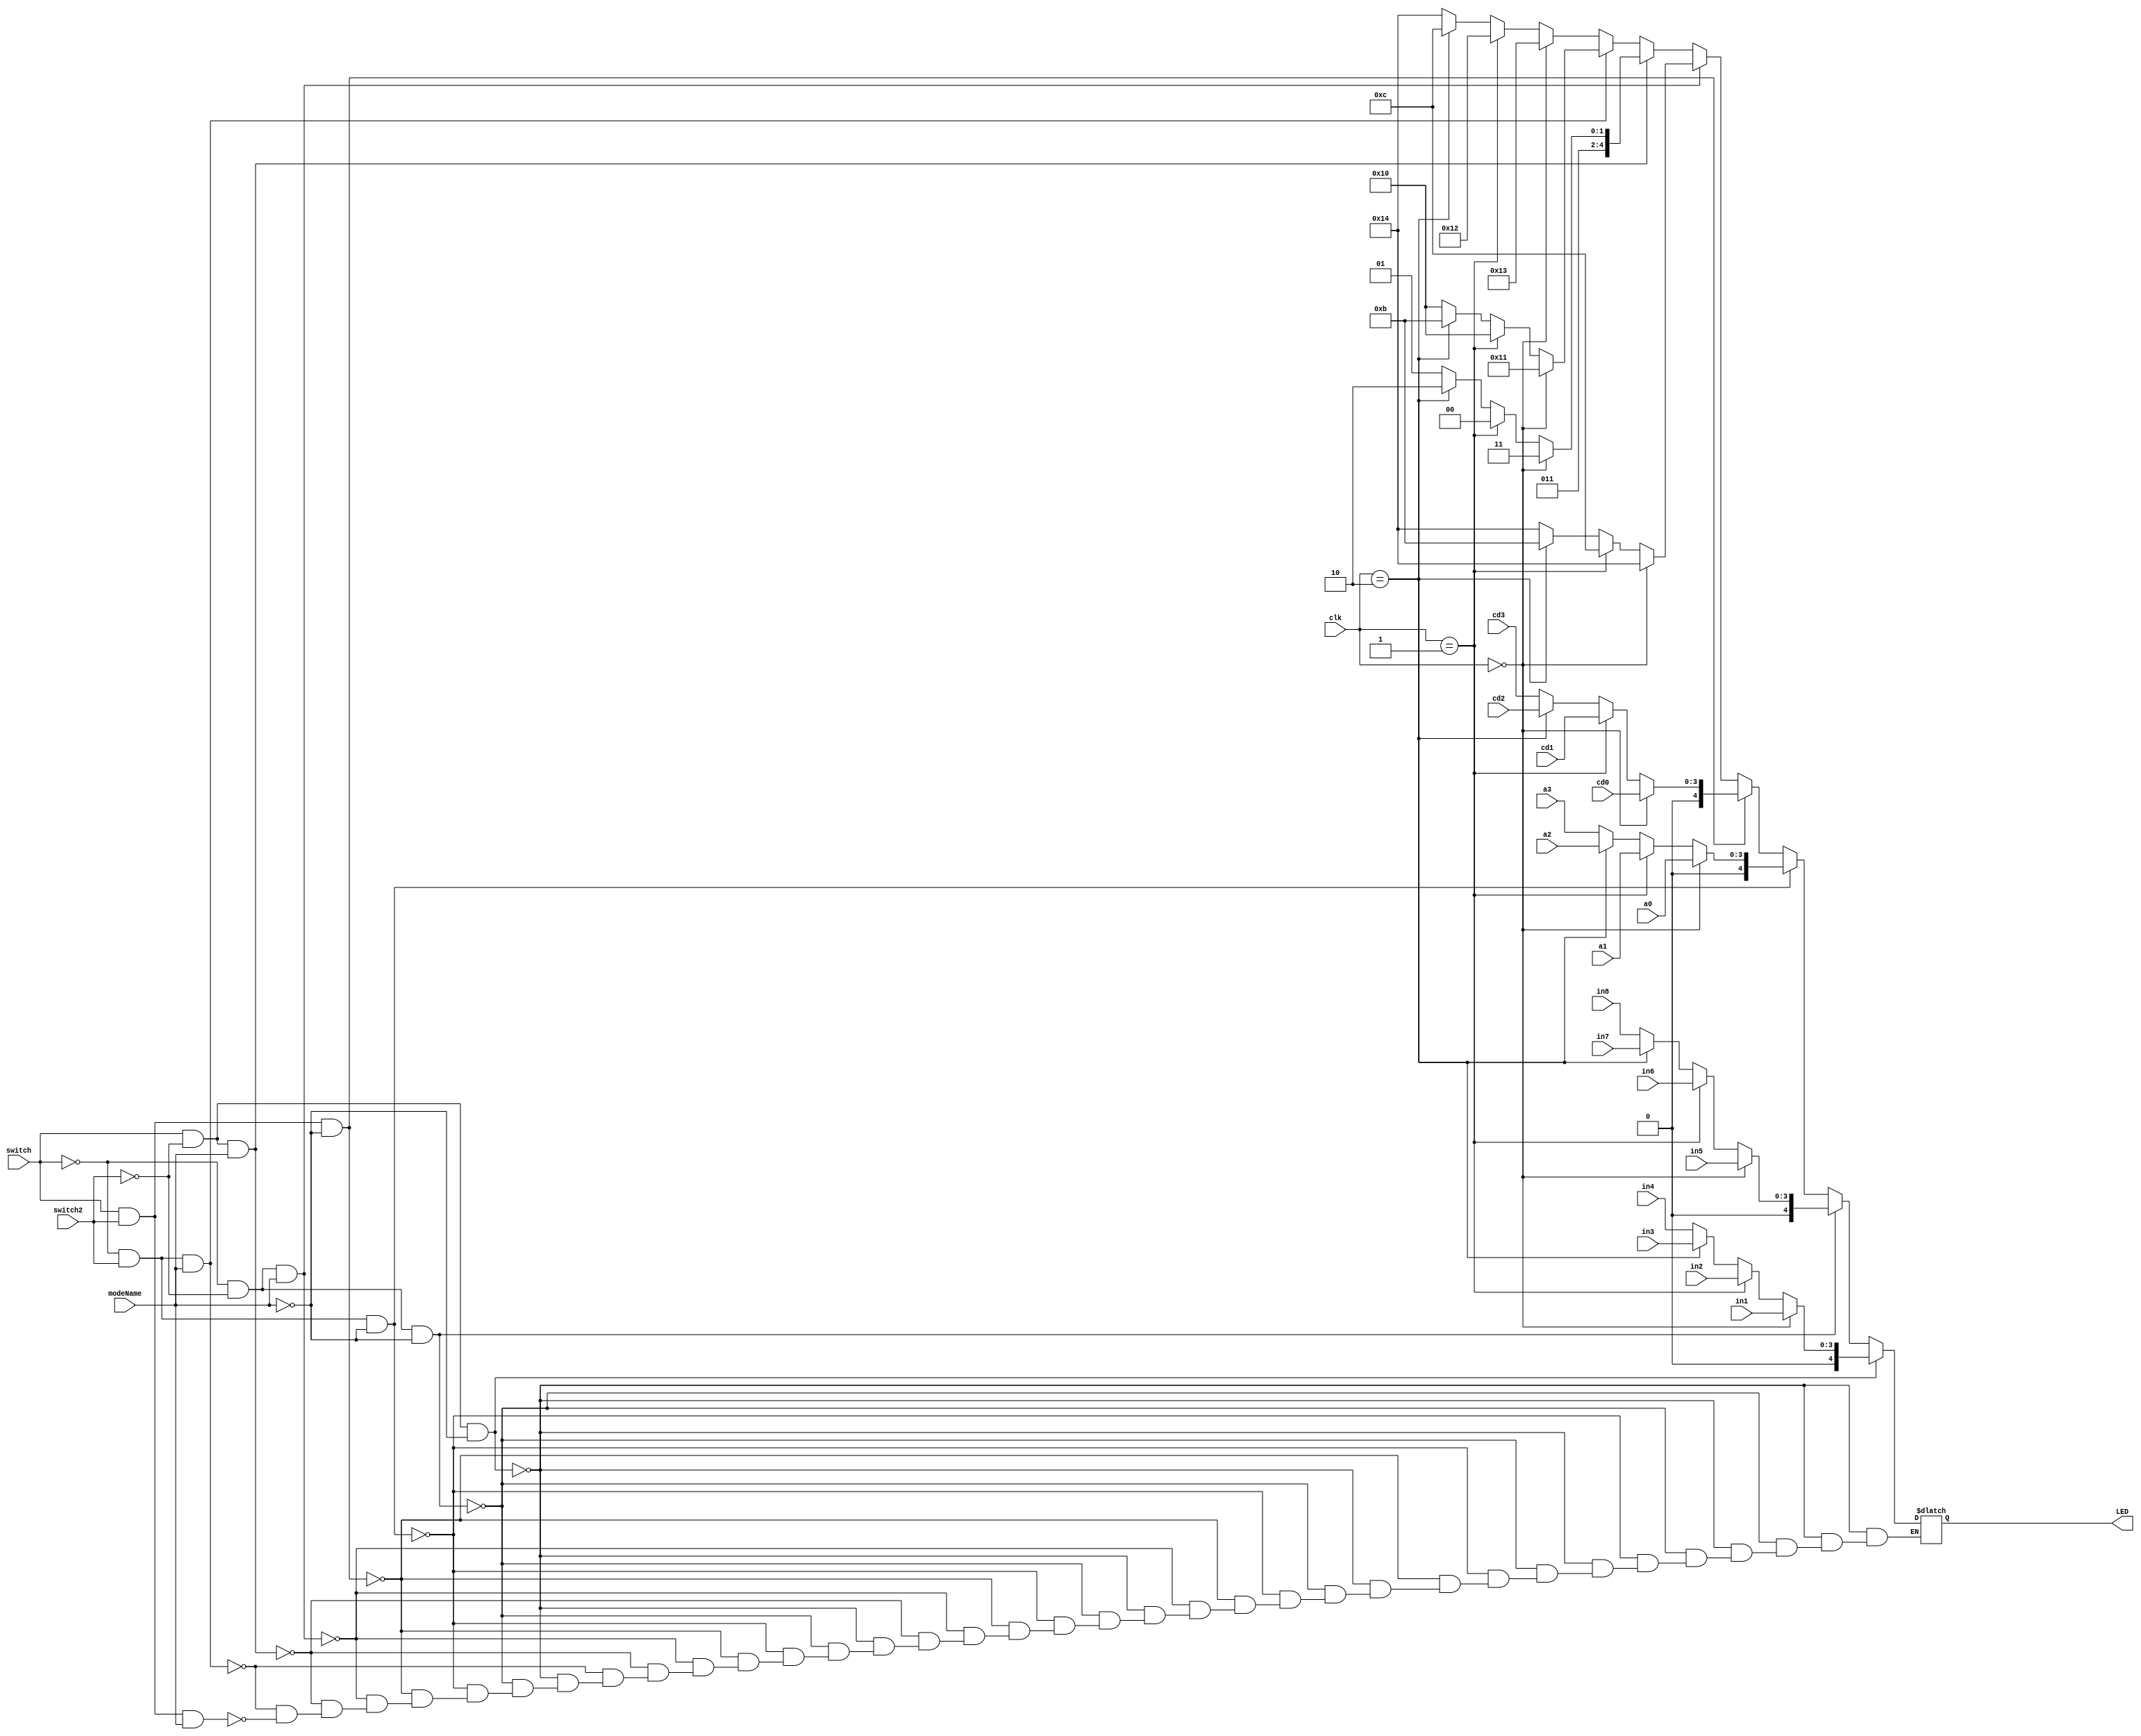
`timescale 1ns / 1ps
//////////////////////////////////////////////////////////////////////////////////
// Company: BU
// 
// Design Name: 
// Module Name:    BCD_MUX1 
// Project Name: 
// Target Devices: 
// Tool versions: 
// Description: 
//
// Dependencies: 
//
// Revision: 
// Revision 0.01 - File Created
// Additional Comments: 
//
//////////////////////////////////////////////////////////////////////////////////
module BCD_MUX1(in1,in2,in3,in4,in5,in6,in7,in8,clk,LED,switch,switch2,modeName,a0,a1,a2,a3,cd0,cd1,cd2,cd3);
  output reg [4:0] LED;
  input switch, switch2, modeName;
  input [1:0] clk;
  input [3:0] in1,in2,in3,in4,in5,in6,in7,in8; // Clock 
  input [3:0] a0,a1,a2,a3;
  input [3:0] cd0,cd1,cd2,cd3;
  wire [3:0] in1,in2,in3,in4,in5,in6,in7,in8,a0,a1,a2,a3,cd0,cd1,cd2,cd3;
  
always @ * begin

if (switch && !switch2 && !modeName) begin // STOPWATCH
      if (clk==0)
      LED=in1;
      else if (clk==1)
      LED=in2;
		else if (clk==2)
		LED=in3;
		else
		LED=in4;
		end
else if (!switch && !switch2 && !modeName) begin // MASTERCLOCK
      if (clk==0)
      LED=in5;
      else if (clk==1)
      LED=in6;
		else if (clk==2)
		LED=in7;
		else
		LED=in8;
		end
		
else if (!switch && switch2 && !modeName) begin // ALARM
      if (clk==0)
      LED=a0;
      else if (clk==1)
      LED=a1;
		else if (clk==2)
		LED=a2;
		else
		LED=a3;
		end
		
else if (switch && switch2 && !modeName) begin // CountDOWN Right now Showing Alarm
      if (clk==0)
      LED=cd0;
      else if (clk==1)
      LED=cd1;
		else if (clk==2)
		LED=cd2;
		else
		LED=cd3;
		end
		
// FAKE TRANSITIONS AS OF 9:11
		
else if (!switch && !switch2 && modeName) begin // DISPLAY Cloc
      if (clk==0)
      LED=20;
      else if (clk==1)
      LED=12;
		else if (clk==2)
		LED=11;
		else
		LED=20;
		end

else if (switch && !switch2 && modeName) begin // DISPLAY Stop
      if (clk==0)
      LED=15;
      else if (clk==1)
      LED=12;
		else if (clk==2)
		LED=14;
		else
		LED=13;
		end
		
else if (!switch && switch2 && modeName) begin // DISPLAY Alar
      if (clk==0)
      LED=17;
      else if (clk==1)
      LED=16;
		else if (clk==2)
		LED=11;
		else
		LED=16;
		end
		
else if (switch && switch2 && modeName) begin // DISPLAY Coun
      if (clk==0)
      LED=19;
      else if (clk==1)
      LED=18;
		else if (clk==2)
		LED=12;
		else
		LED=20;
		end

end
  
endmodule